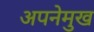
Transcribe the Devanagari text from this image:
अपनेमुख